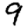
Digit: 9